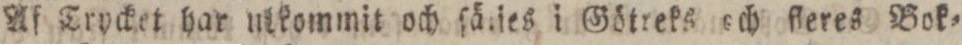
Af Trycket har ntkommit och ſäries i Götreks och fleres Bok=